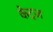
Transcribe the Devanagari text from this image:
केट्ज़